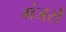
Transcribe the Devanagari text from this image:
मंजरों